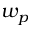
w _ { p }